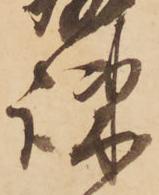
疎